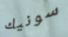
سونيك